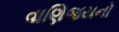
વાણિજયનો